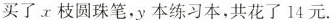
买了x枝圆珠笔，y本练习本，共花了14元。